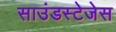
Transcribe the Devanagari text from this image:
साउंडस्टेजेस